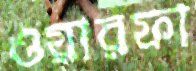
ওয়ারফা